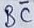
Text: BC